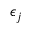
\epsilon _ { j }